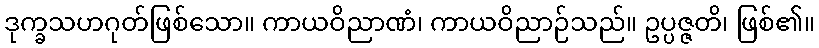
ဒုက္ခသဟဂုတ်ဖြစ်သော။ ကာယဝိညာဏံ၊ ကာယဝိညာဉ်သည်။ ဥပ္ပဇ္ဇတိ၊ ဖြစ်၏။